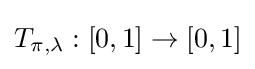
T_{\pi ,\lambda }:[0,1]\rightarrow [0,1]